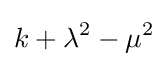
k+\lambda ^{2}-\mu ^{2}